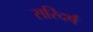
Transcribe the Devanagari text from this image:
सरिदर्ष